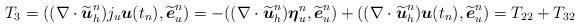
LaTeX: \begin{align*} T_3 = ((\nabla \cdot \widetilde{\boldsymbol{u}}_h^n)j_u\boldsymbol{u}(t_n), \widetilde{\boldsymbol{e}}_u^n) = -((\nabla \cdot \widetilde{\boldsymbol{u}}_h^n)\boldsymbol{\eta}_u^n, \widetilde{\boldsymbol{e}}_u^n)+((\nabla \cdot \widetilde{\boldsymbol{u}}_h^n) \boldsymbol{u}(t_n), \widetilde{\boldsymbol{e}}_u^n) = T_{22} + T_{32}\end{align*}